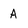
Character: A